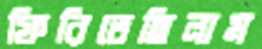
ফিরিতেছিলাম